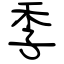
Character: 季